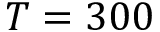
T = 3 0 0